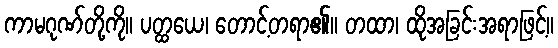
ကာမဂုဏ်တို့ကို။ ပတ္ထယေ၊ တောင့်တရာ၏။ တထာ၊ ထိုအခြင်းအရာဖြင့်။